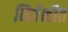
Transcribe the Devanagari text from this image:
निर्वशीत